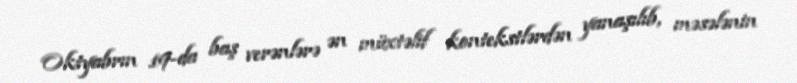
Oktyabrın 19-da baş verənlərə ən müxtəlif kontekstlərdən yanaşılıb, məsələnin